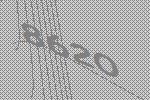
8620